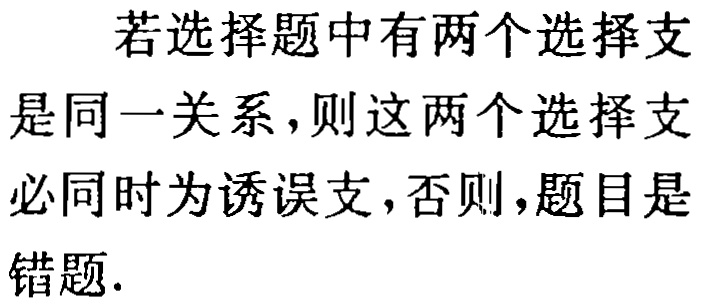
若选择题中有两个选择支是同一关系，则这两个选择支必同时为诱误支，否则，题目是错题.